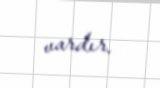
vardır.